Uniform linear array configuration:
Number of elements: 12
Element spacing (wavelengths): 0.25
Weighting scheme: blackman
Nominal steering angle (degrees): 60
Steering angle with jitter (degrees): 60.434
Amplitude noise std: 0.05
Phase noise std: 0.05

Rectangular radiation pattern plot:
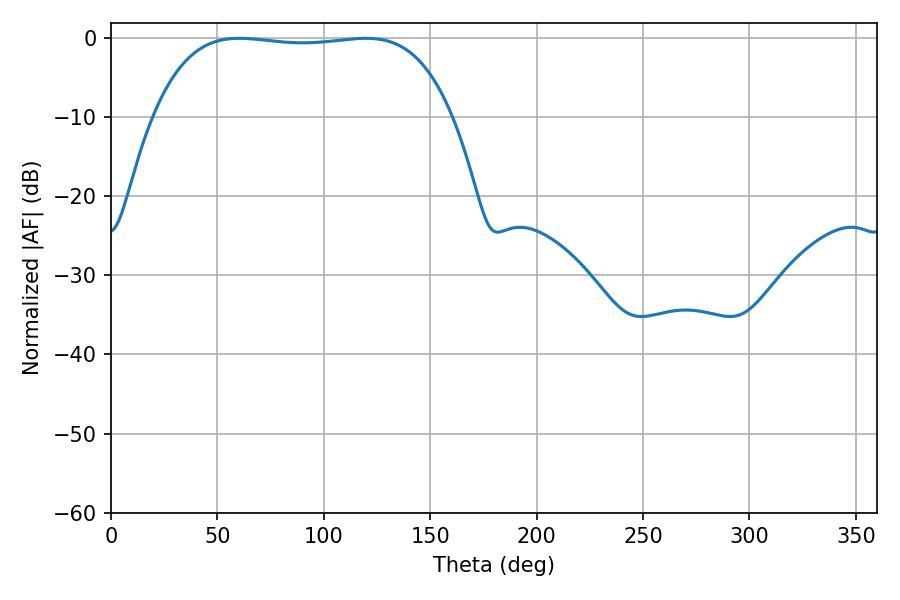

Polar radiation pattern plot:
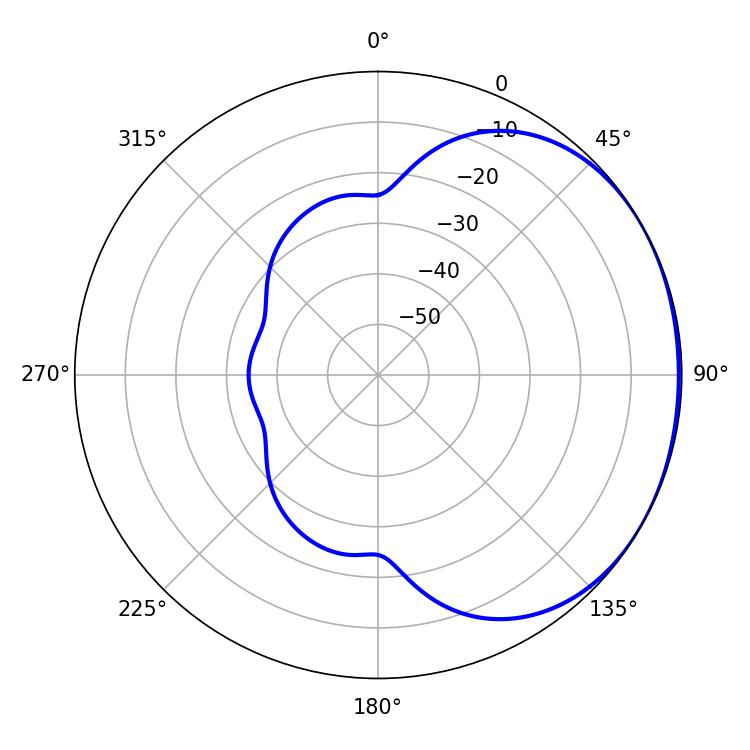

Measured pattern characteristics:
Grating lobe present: FALSE
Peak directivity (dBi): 1.096
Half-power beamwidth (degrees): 110.52
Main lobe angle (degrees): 60.3